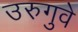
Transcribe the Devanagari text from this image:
उरुगुवे